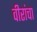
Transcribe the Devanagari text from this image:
वीरांचा